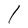
Character: l